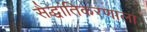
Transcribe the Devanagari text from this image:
सैद्धांतिकरणाला